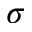
\sigma